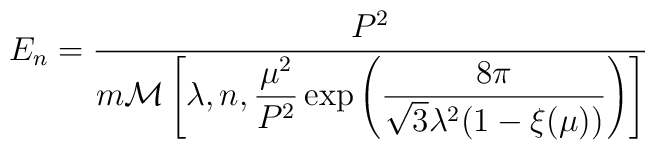
E_n= \frac{P^2}{ m {\cal M}\left [\lambda, n, \displaystyle{\frac{\mu^2}{P^2}}\exp\left({8\pi\over \sqrt{3}\lambda^2(1-\xi(\mu))}\right)\right]}